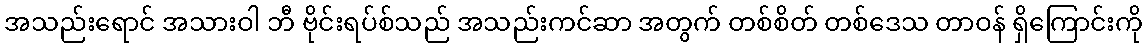
အသည်းရောင် အသားဝါ ဘီ ဗိုင်းရပ်စ်သည် အသည်းကင်ဆာ အတွက် တစ်စိတ် တစ်ဒေသ တာဝန် ရှိကြောင်းကို